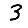
Digit: 3